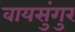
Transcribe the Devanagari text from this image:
वायसुंगुर